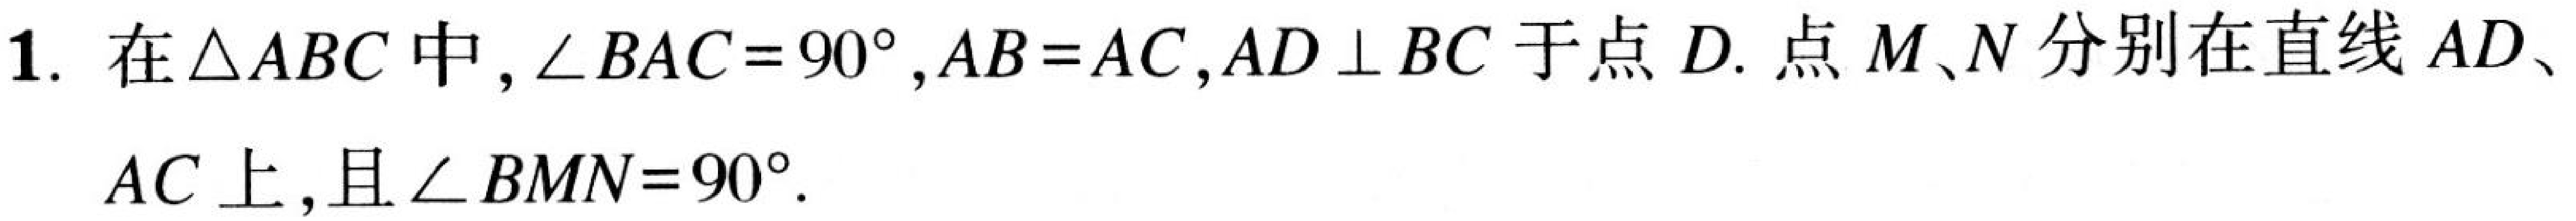
1. 在\(\triangle ABC\)中，\(\angle BAC = 90^{\circ},AB = AC,AD\perp BC\)于点\(D\). 点\(M、N\)分别在直线\(AD\)、\(AC\)上，且\(\angle BMN = 90^{\circ}\).